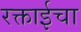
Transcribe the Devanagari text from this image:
रक्ताईचा